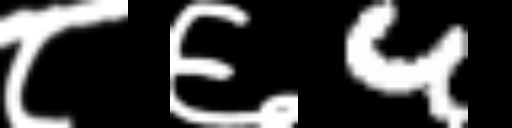
Text: ८६4